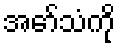
အော်သံကို